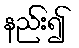
နည်း၍